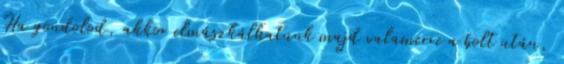
Ha gondolod, akkor elmászkálhatunk majd valamerre a bolt után,